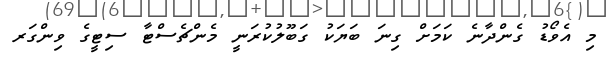
މި އެވޯޑު ގެންދާނެ ކަމަށް ގިނަ ބަޔަކު ގަބޫލުކުރަނީ މެންޗެސްޓާ ސިޓީގެ ވިންގަރ